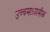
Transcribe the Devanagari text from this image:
उच्चमाध्यामीक